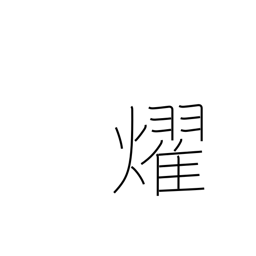
Meaning: shine